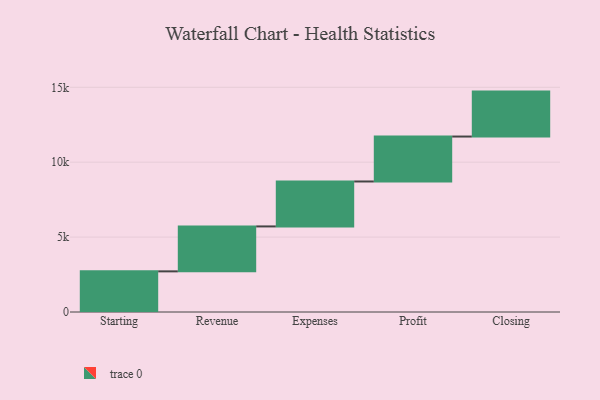
{"axis": {"x": "Step", "y": "Value"}, "legend": [""], "data": [{"x": "Starting", "y": 2713.0, "type": ""}, {"x": "Revenue", "y": 3000, "type": ""}, {"x": "Expenses", "y": 3000, "type": ""}, {"x": "Profit", "y": 3000, "type": ""}, {"x": "Closing", "y": 3000, "type": ""}]}